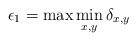
LaTeX: \begin{align*}\epsilon_1=\max \min_{x,y}\delta_{x,y} \end{align*}